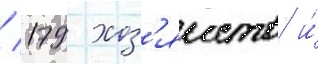
/ 179 хоз'яиств и́